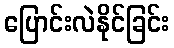
ပြောင်းလဲနိုင်ခြင်း